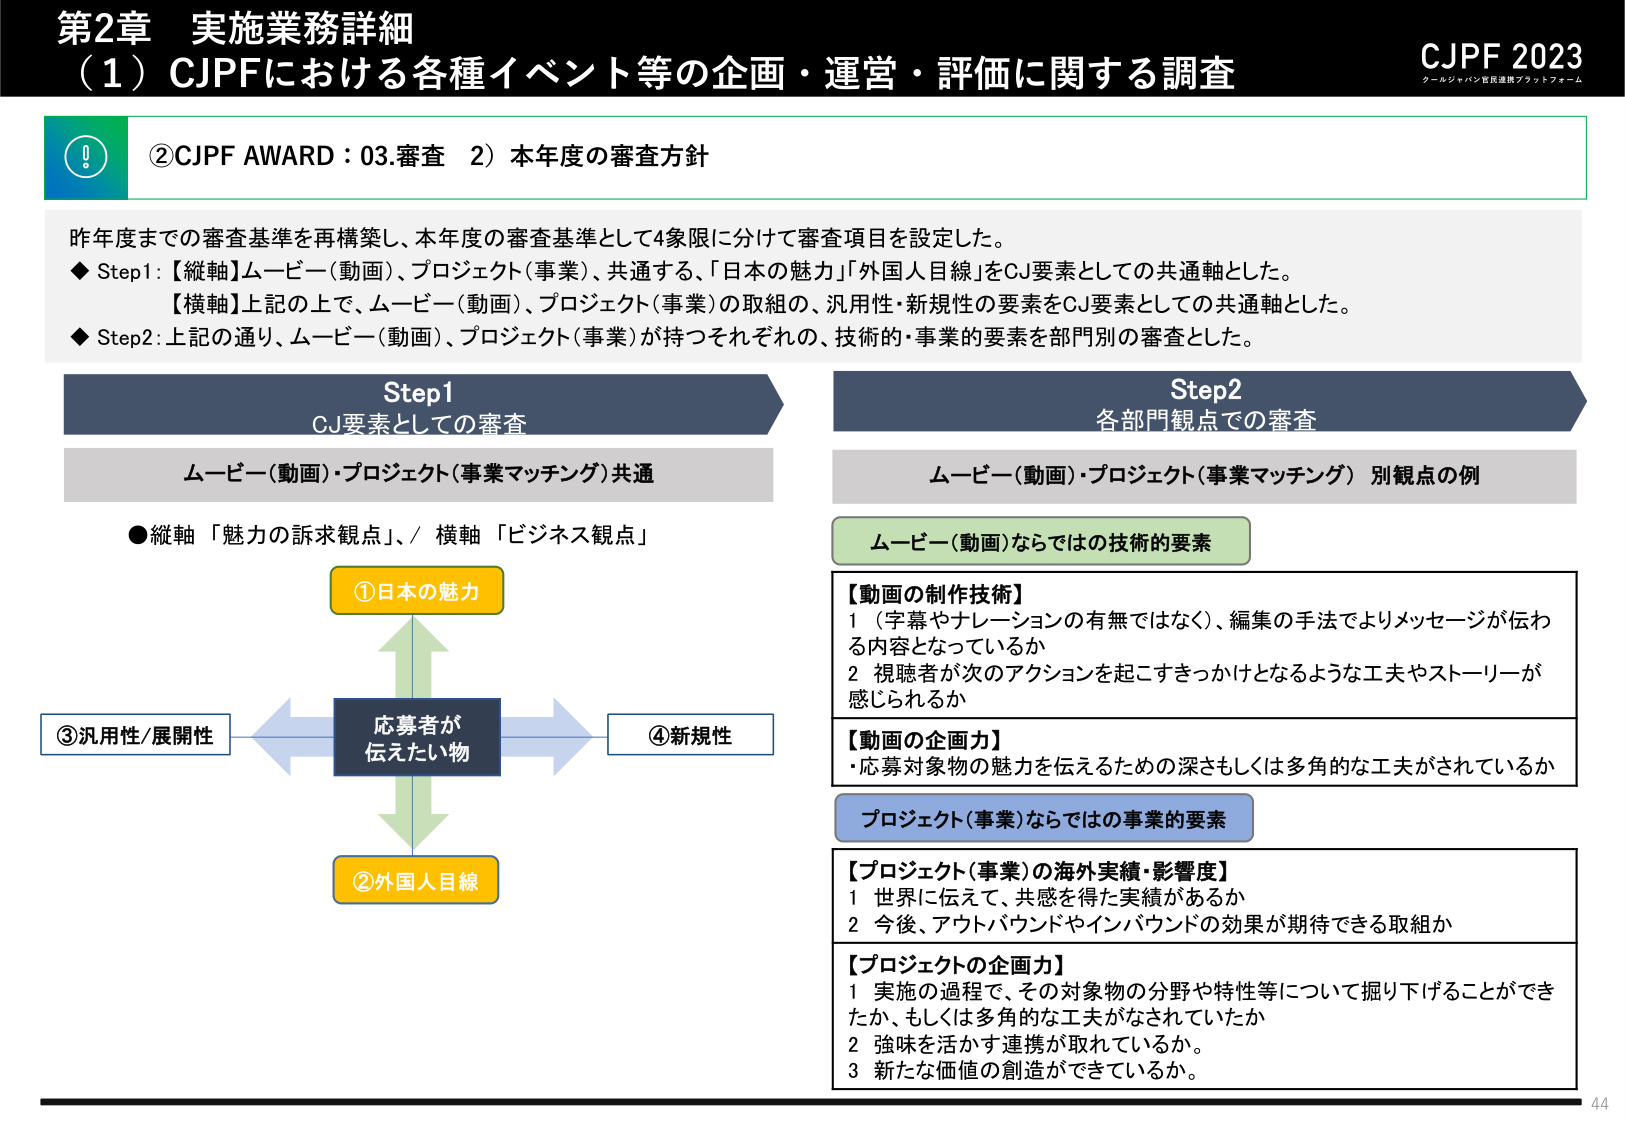
第2章 実施業務詳細
（1）CJPFにおける各種イベント等の企画・運営・評価に関する調査
CJPF 2023
クールジャパン官民連携プラットフォーム

②CJPF AWARD：03.審査 2）本年度の審査方針

昨年度までの審査基準を再構築し、本年度の審査基準として4象限に分けて審査項目を設定した。
◆ Step1：【縦軸】ムービー（動画）、プロジェクト（事業）、共通する、「日本の魅力」「外国人目線」をCJ要素としての共通軸とした。
【横軸】上記の上で、ムービー（動画）、プロジェクト（事業）の取組の、汎用性・新規性の要素をCJ要素としての共通軸とした。
◆ Step2：上記の通り、ムービー（動画）、プロジェクト（事業）が持つそれぞれの、技術的・事業的要素を部門別の審査とした。

Step1
CJ要素としての審査
ムービー（動画）・プロジェクト（事業マッチング）共通
●縦軸「魅力の訴求観点」／横軸「ビジネス観点」
①日本の魅力
②外国人目線
③汎用性/展開性
④新規性
応募者が伝えたい物

Step2
各部門観点での審査
ムービー（動画）・プロジェクト（事業マッチング）別観点の例

ムービー（動画）ならではの技術的要素
【動画の制作技術】
1 （字幕やナレーションの有無ではなく）、編集の手法でよりメッセージが伝わる内容となっているか
2 視聴者が次のアクションを起こすきっかけとなるような工夫やストーリーが感じられるか
【動画の企画力】
・応募対象物の魅力を伝えるための深さもしくは多角的な工夫がされているか

プロジェクト（事業）ならではの事業的要素
【プロジェクト（事業）の海外実績・影響度】
1 世界に伝えて、共感を得た実績があるか
2 今後、アウトバウンドやインバウンドの効果が期待できる取組か
【プロジェクトの企画力】
1 実施の過程で、その対象物の分野や特性等について掘り下げることができたか、もしくは多角的な工夫がなされていたか
2 強味を活かす連携が取れているか。
3 新たな価値の創造ができているか。

44